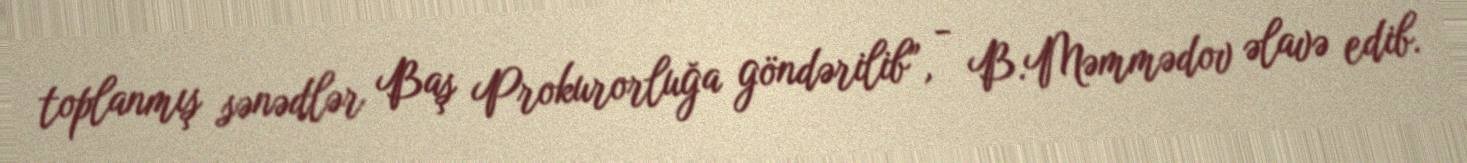
toplanmış sənədlər Baş Prokurorluğa göndərilib”, - B.Məmmədov əlavə edib.